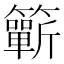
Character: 𥷋